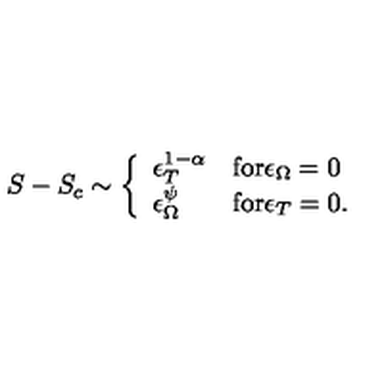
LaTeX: S - S _ { c } \sim \left\{ \begin{array} { l l } { \epsilon _ { T } ^ { 1 - \alpha } } & { \mathrm { f o r } \epsilon _ { \Omega } = 0 } \\ { \epsilon _ { \Omega } ^ { \psi } } & { \mathrm { f o r } \epsilon _ { T } = 0 . } \\ \end{array} \right.